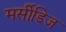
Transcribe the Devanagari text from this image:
मर्सीडिज